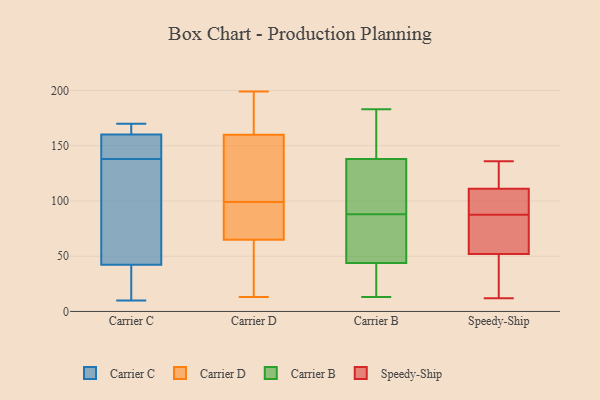
{"axis": {"x": "Conversion Rate (%)", "y": "Value"}, "legend": ["Carrier B", "Carrier C", "Carrier D", "Speedy-Ship"], "data": [{"x": "", "y": 165, "type": "Carrier C"}, {"x": "", "y": 164, "type": "Carrier C"}, {"x": "", "y": 41, "type": "Carrier C"}, {"x": "", "y": 46, "type": "Carrier C"}, {"x": "", "y": 37, "type": "Carrier C"}, {"x": "", "y": 170, "type": "Carrier C"}, {"x": "", "y": 71, "type": "Carrier C"}, {"x": "", "y": 169, "type": "Carrier C"}, {"x": "", "y": 144, "type": "Carrier C"}, {"x": "", "y": 58, "type": "Carrier C"}, {"x": "", "y": 10, "type": "Carrier C"}, {"x": "", "y": 18, "type": "Carrier C"}, {"x": "", "y": 138, "type": "Carrier C"}, {"x": "", "y": 149, "type": "Carrier C"}, {"x": "", "y": 144, "type": "Carrier C"}, {"x": "", "y": 167, "type": "Carrier D"}, {"x": "", "y": 39, "type": "Carrier D"}, {"x": "", "y": 98, "type": "Carrier D"}, {"x": "", "y": 161, "type": "Carrier D"}, {"x": "", "y": 192, "type": "Carrier D"}, {"x": "", "y": 157, "type": "Carrier D"}, {"x": "", "y": 95, "type": "Carrier D"}, {"x": "", "y": 56, "type": "Carrier D"}, {"x": "", "y": 63, "type": "Carrier D"}, {"x": "", "y": 82, "type": "Carrier D"}, {"x": "", "y": 154, "type": "Carrier D"}, {"x": "", "y": 199, "type": "Carrier D"}, {"x": "", "y": 116, "type": "Carrier D"}, {"x": "", "y": 113, "type": "Carrier D"}, {"x": "", "y": 190, "type": "Carrier D"}, {"x": "", "y": 27, "type": "Carrier D"}, {"x": "", "y": 99, "type": "Carrier D"}, {"x": "", "y": 71, "type": "Carrier D"}, {"x": "", "y": 13, "type": "Carrier D"}, {"x": "", "y": 136, "type": "Carrier B"}, {"x": "", "y": 171, "type": "Carrier B"}, {"x": "", "y": 183, "type": "Carrier B"}, {"x": "", "y": 88, "type": "Carrier B"}, {"x": "", "y": 13, "type": "Carrier B"}, {"x": "", "y": 101, "type": "Carrier B"}, {"x": "", "y": 81, "type": "Carrier B"}, {"x": "", "y": 144, "type": "Carrier B"}, {"x": "", "y": 77, "type": "Carrier B"}, {"x": "", "y": 36, "type": "Carrier B"}, {"x": "", "y": 94, "type": "Carrier B"}, {"x": "", "y": 40, "type": "Carrier B"}, {"x": "", "y": 45, "type": "Carrier B"}, {"x": "", "y": 119, "type": "Speedy-Ship"}, {"x": "", "y": 56, "type": "Speedy-Ship"}, {"x": "", "y": 12, "type": "Speedy-Ship"}, {"x": "", "y": 56, "type": "Speedy-Ship"}, {"x": "", "y": 136, "type": "Speedy-Ship"}, {"x": "", "y": 119, "type": "Speedy-Ship"}, {"x": "", "y": 103, "type": "Speedy-Ship"}, {"x": "", "y": 48, "type": "Speedy-Ship"}, {"x": "", "y": 103, "type": "Speedy-Ship"}, {"x": "", "y": 74, "type": "Speedy-Ship"}, {"x": "", "y": 24, "type": "Speedy-Ship"}, {"x": "", "y": 101, "type": "Speedy-Ship"}]}